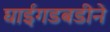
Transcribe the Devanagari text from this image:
घाईगडबडीने